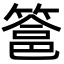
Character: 𮅵